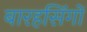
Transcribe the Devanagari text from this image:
बारहसिंगों